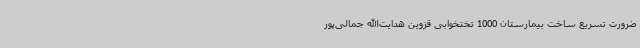
ضرورت تسریع ساخت بیمارستان 1000 تختخوابی قزوین هدایت‌الله جمالی‌پور